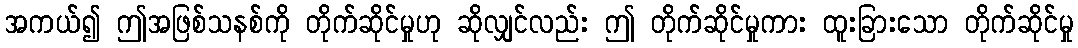
အကယ်၍ ဤအဖြစ်သနစ်ကို တိုက်ဆိုင်မှုဟု ဆိုလျှင်လည်း ဤ တိုက်ဆိုင်မှုကား ထူးခြားသော တိုက်ဆိုင်မှု